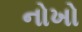
નોખો